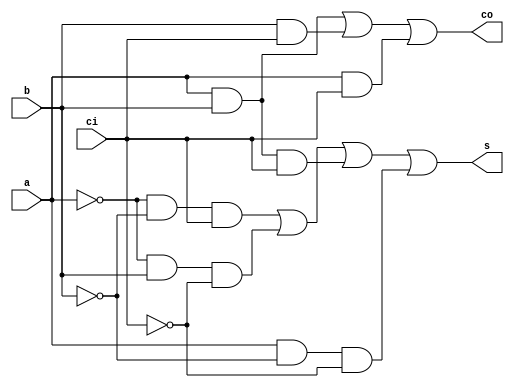

//-----------------------------------
//1-bit Full Adder(FA) Design
//-----------------------------------

module fa_dataflow(	s,
			co,
			a,
			b,
			ci	);

output		s	; //sum
output		co	; //carry out

input		a	; //input a
input		b	; //input b
input		ci	; //carry in
			
assign		s	= (~a&~b&ci)|(~a&b&~ci)|(a&b&ci)|(a&~b&~ci)	;
assign		co	= (a&b)|(b&ci)|(a&ci)				;

endmodule

//------------------------------------
// behavairoal Style
//------------------------------------

module fa_behavior(	s,
			co,
			a,
			b,
			ci	);

output		s	; //sum
output		co	; //carry out

input		a	; //input a
input		b	; //input b
input		ci	; //carry in

reg		s	;
reg		co	;

always @(*)begin
	s	= (~a&~b&ci)|(~a&b&~ci)|(a&b&ci)|(a&~b&~ci)	;
	co	=  (a&b)|(b&ci)|(a&ci)				;
end

endmodule

//-----------------------------------
// 1-bit Adder (Case)
//-----------------------------------

module fa_case(	s,
			co,
			a,
			b,
			ci	);

output		s	; //sum
output		co	; //carry out

input		a	; //input a
input		b	; //input b
input		ci	; //carry in

reg		s	;
reg		co	;

always @(*)begin
	case ( {ci, a, b} )
		3'b000 : {co, s} = 2'b00	;
		3'b001 : {co, s} = 2'b01	;
		3'b010 : {co, s} = 2'b01	;
		3'b011 : {co, s} = 2'b10	;
		3'b100 : {co, s} = 2'b01	;
		3'b101 : {co, s} = 2'b10	;
		3'b110 : {co, s} = 2'b10	;
		3'b111 : {co, s} = 2'b11	;
	endcase
end

endmodule

//------------------------------------
// 1-bit Adder
//------------------------------------

module	fa(
		s,
		co,
		a,
		b,
		ci	);

output		s	; //sum
output		co	; //carry out

input		a	; //input a
input		b	; //input b
input		ci	; //carry in

assign		{co, s} = a + b + ci	;

endmodule


//------------------------------------
// 4-bit Adder Hierarchical Design
//------------------------------------

module	fa4_inst( 
			s,
			co,
			a,
			b,
			ci	);

output	[3:0]	s	; //sum
output		co	; //carry out

input	[3:0]	a	; //input a	
input	[3:0]	b	; //input b
input		ci	; //carry in

wire	[2:0]	carry	; //ripple carry

fa		fa_u0(
			.s	(s[0]		),
			.co	(carry[0]	),
			.a	(a[0]		),
			.b	(b[0]		),
			.ci	(ci		)	);

fa		fa_u1(
			.s	(s[1]		),
			.co	(carry[1]	),
			.a	(a[1]		),
			.b	(b[1]		),
			.ci	(carry[0]	)	);


fa		fa_u2(
			.s	(s[2]		),
			.co	(carry[2]	),
			.a	(a[2]		),
			.b	(b[2]		),
			.ci	(carry[1]	)	);


fa		fa_u3(
			.s	(s[3]		),
			.co	(co		),
			.a	(a[3]		),
			.b	(b[3]		),
			.ci	(carry[2]	)	);


endmodule

//------------------------------
// 4-bit Multi-bit Expression Design
//------------------------------

module fa4_mbit(
			s,
			co,
			a,
			b,
			ci	);

output	[3:0]	s	;	// sum 
output		co	;	// carry out

input	[3:0]	a	;	// input a
input	[3:0]	b	;	// input b
input		ci	;	// carry in

assign		{co, s}	= a + b + ci;

endmodule